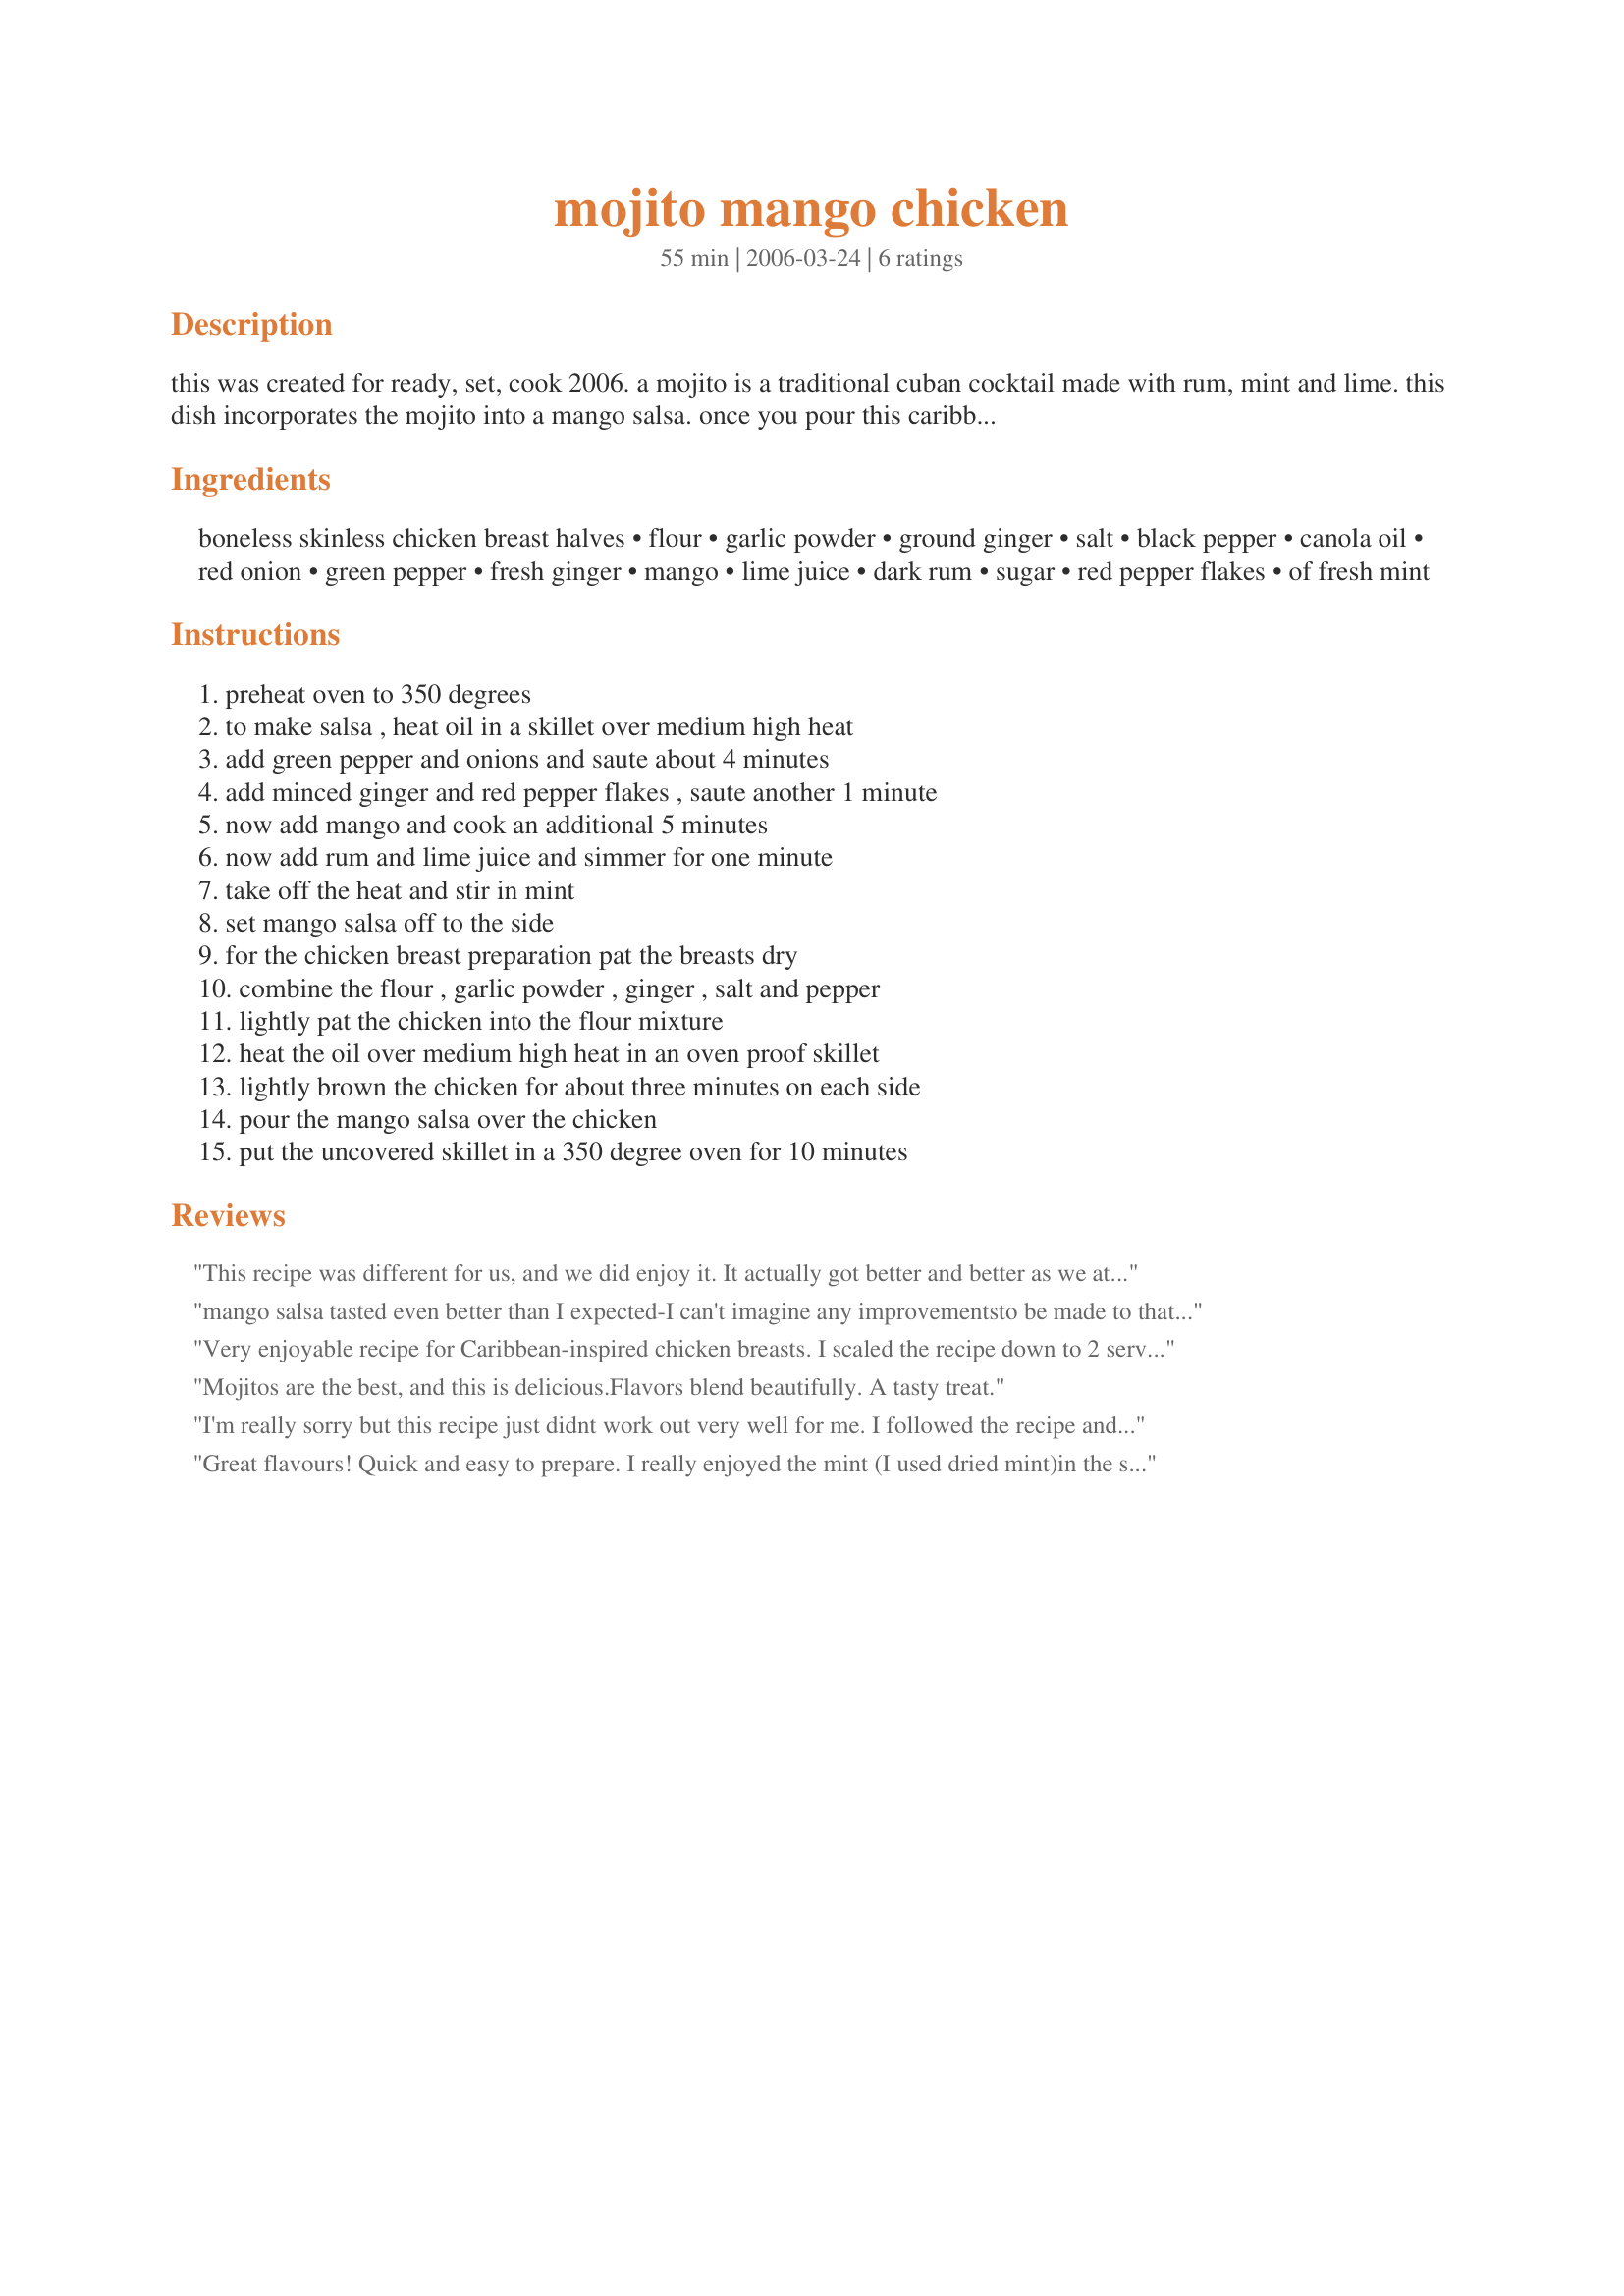
mojito mango chicken
Preparation time: 55 minutes

this was created for ready, set, cook 2006. a mojito is a traditional cuban cocktail made with rum, mint and lime. this dish incorporates the mojito into a mango salsa. once you pour this caribbean "cocktail" over your gingery, garlicky chicken, you have a highly flavorful caribbean entree.

Ingredients:
boneless skinless chicken breast halves, flour, garlic powder, ground ginger, salt, black pepper, canola oil, red onion, green pepper, fresh ginger, mango, lime juice, dark rum, sugar, red pepper flakes, of fresh mint

Steps:
preheat oven to 350 degrees, to make salsa , heat oil in a skillet over medium high heat, add green pepper and onions and saute about 4 minutes, add minced ginger and red pepper flakes , saute another 1 minute, now add mango and cook an additional 5 minutes, now add rum and lime juice and simmer for one minute, take off the heat and stir in mint, set mango salsa off to the side, for the chicken breast preparation pat the breasts dry, combine the flour , garlic powder , ginger , salt and pepper, lightly pat the chicken into the flour mixture, heat the oil over medium high heat in an oven proof skillet, lightly brown the chicken for about three minutes on each side, pour the mango salsa over the chicken, put the uncovered skillet in a 350 degree oven for 10 minutes

Reviews:
This recipe was different for us, and we did enjoy it.
It actually got better and better as we ate it!
We did think that grilling the chicken would have enhanced the flavour further though.
One thing that concerned us a little in the writing of this recipe was that it called for 1/2 a red onion and 1/2 a green pepper, but we weren't sure of what size. We thought it could read in cup sizes instead and be a little easier to follow.
Other than that we really enjoyed this recipe.
I am giving this recipe 4 stars because I would make it again but implement a few minor changes.
Great job!!
mango salsa tasted even better than I expected-I can't imagine any improvementsto be made to that. Recipe was a fast one to prepare that did not taste like it was made quickly!
Very enjoyable recipe for Caribbean-inspired chicken breasts. I scaled the recipe down to 2 servings. The chicken came out perfectly cooked according to the instructions. I did find myself wishing, though, that the salsa was 'raw' rather than 'cooked' as I felt the fresh flavours had been lost. Good recipe, chef.
Mojitos are the best, and this is delicious.Flavors blend beautifully. A tasty treat.
I'm really sorry but this recipe just didnt work out very well for me. I followed the recipe and instructions as written. My onion burnt and the salsa didn't have a very appealing look, as it got very brown not resembling salsa much at all. The flavor was ok, but I think some jalapeno would have been a nice addition. The recipe also did not say when to add the sugar. I think the "salsa" ingredients would have been better if made more as a sauce, as I don't think cooking it the way it is gives it the appeal it could have. Cooking time wsa right on, my chicken came out tender and juicy. Not a difficult recipe to make either. I'm sorry this didn't work out for me so well, but wish you much luck in the contest!
Great flavours! Quick and easy to prepare. I really enjoyed the mint (I used dried mint)in the salsa mixture, it would be even better with fresh leaves! I will definitely make this recipe again. Thank you Chef.
